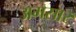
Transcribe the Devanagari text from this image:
अमसार